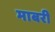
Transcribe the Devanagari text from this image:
माबरी